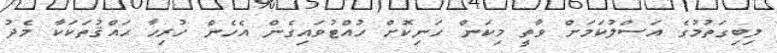
ލިބިގަތުމުގެ އަސްލުކަމަށް ވާތީ މިކަން ހަނިކޮށް ހުއްޓުވައިގެން އެހެން ހުރިހާ ޙައްޤުތަކަކާ މެދު